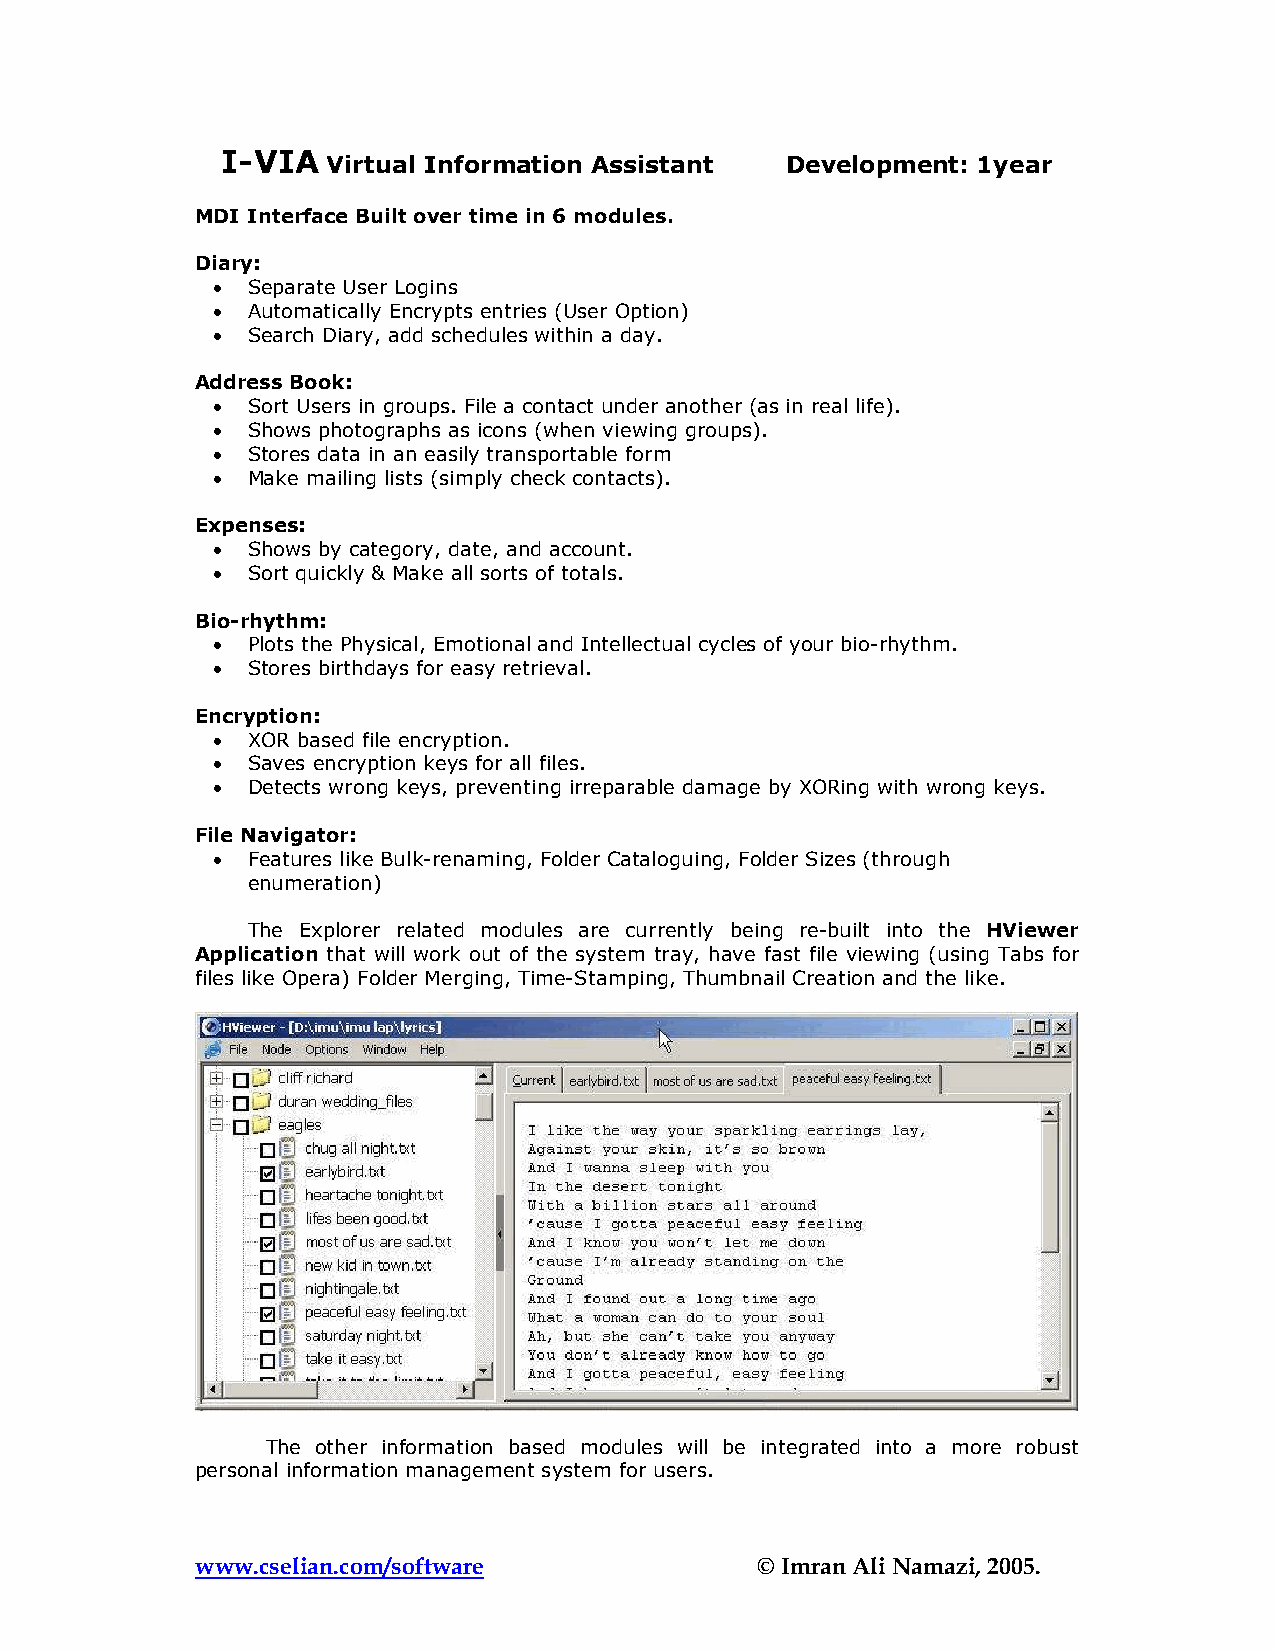
I-VIA  Virtual Information Assistant Development: 1year
 MDI Interface Built over time in 6 modules.
 Diary:
 • Separate User Logins
 • Automatically Encrypts entries (User Option)
 • Search Diary, add schedules within a day.
 Address Book:
 • Sort Users in groups. File a contact under another (as in real life).
 • Shows photographs as icons (when viewing groups).
 • Stores data in an easily transportable form
 • Make mailing lists (simply check contacts).
 Expenses:
 • Shows by category, date, and account.
 • Sort quickly & Make all sorts of totals.
 Bio-rhythm:
 • Plots the Physical, Emotional and Intellectual cycles of your bio-rhythm.
 • Stores birthdays for easy retrieval.
 Encryption:
 • XOR based file encryption.
 • Saves encryption keys for all files.
 • Detects wrong keys, preventing irreparable damage by XORing with wrong keys.
 File Navigator:
 • Features like Bulk-renaming, Folder Cataloguing, Folder Sizes (through
 enumeration)
 The Explorer related modules are currently being re-built into the HViewer
 Application that will work out of the system tray, have fast file viewing (using Tabs for
 files like Opera) Folder Merging, Time-Stamping, Thumbnail Creation and the like.
 The other information based modules will be integrated into a more robust
 personal information management system for users.
 www.cselian.com/software             © Imran Ali Namazi, 2005.